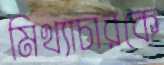
মিথ্যাচারকে